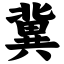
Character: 冀